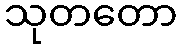
သုတတော